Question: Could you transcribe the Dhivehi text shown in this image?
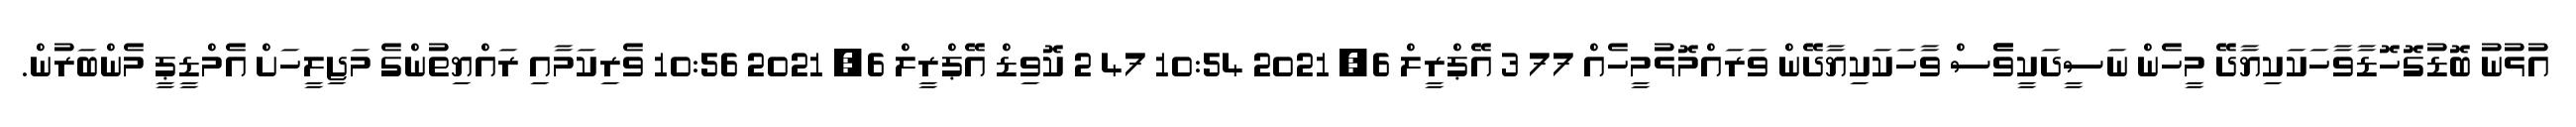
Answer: އުޅުނު ބޮޑުގޮހޮޑާވާހަކަކިޔާދޭ މީހެން ނަސީދަކީވެެސް ވާހަކަކިޔާދޭން ވަރައްމޮޅުމީހެއް 77 3 އޭޕްރީލް 6, 2021 10:54 47 2 ކޮވިޑް އޭޕްރީލް 6, 2021 10:56 ވެރިކަމާއި ރައްޔިތުންގެ މަޖިލީހަށް އެމްޑީޕީ މެންބަރުން.